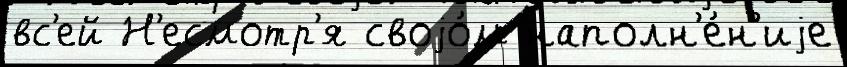
вс'ей Н'есмотр'я своjо́м наполн'е́н'иjе